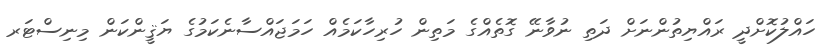
ހައްލުކޮށްދީ ރައްޔިތުންނަށް ދަތި ނުވާނޭ ގޮތެއްގެ މަތިން ހުރިހާކަމެއް ހަމަޖައްސާނެކަމުގެ ޔަޤީންކަން މިނިސްޓަރ